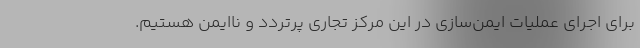
برای اجرای عملیات ایمن‌­سازی در این مرکز تجاری پرتردد و ناایمن هستیم.